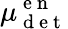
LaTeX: \mu_{\mathrm{~d~e~t~}}^{\mathrm{~e~n~}}